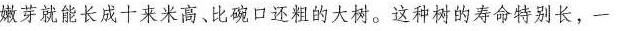
嫩芽就能长成十来米高、比碗口还粗的大树。这种树的寿命特别长，一